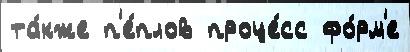
та́кже п'е́плов проце́сс фо́рм'е